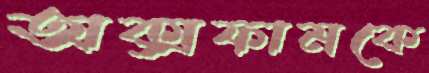
অক্সফামকে